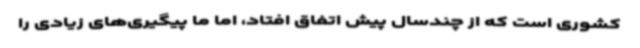
کشوری است که از چندسال پیش اتفاق افتاد، اما ما پیگیری‌های زیادی را